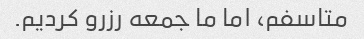
متاسفم، اما ما جمعه رزرو کردیم.